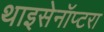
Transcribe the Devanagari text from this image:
थाइसेनॉप्टरा